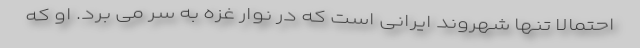
احتمالا تنها شهروند ایرانی است که در نوار غزه به سر می برد. او که